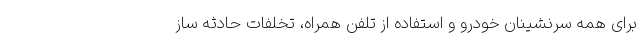
برای همه سرنشینان خودرو و استفاده از تلفن همراه، تخلفات حادثه ساز